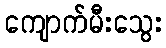
ကျောက်မီးသွေး